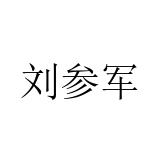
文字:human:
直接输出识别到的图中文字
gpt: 刘参军